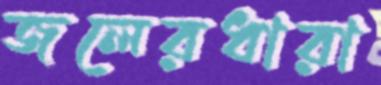
জলেরধারা